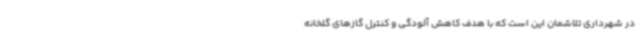
در شهرداری تلاشمان این است که با هدف کاهش آلودگی و کنترل گازهای گلخانه